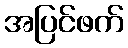
အပြင်ဖက်